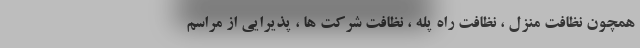
همچون نظافت منزل ، نظافت راه پله ، نظافت شرکت ها ، پذیرایی از مراسم